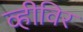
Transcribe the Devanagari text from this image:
व्हीविर